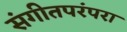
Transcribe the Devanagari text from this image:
संगीतपरंपरा